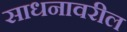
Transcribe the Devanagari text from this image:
साधनावरील